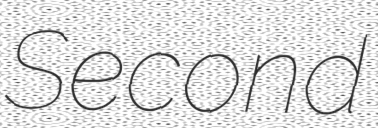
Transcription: Second